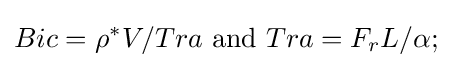
Bic=\rho ^{*}V/Tra{\text{ and }}Tra=F_{r}L/\alpha ;